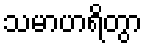
သမာဟရိတွာ